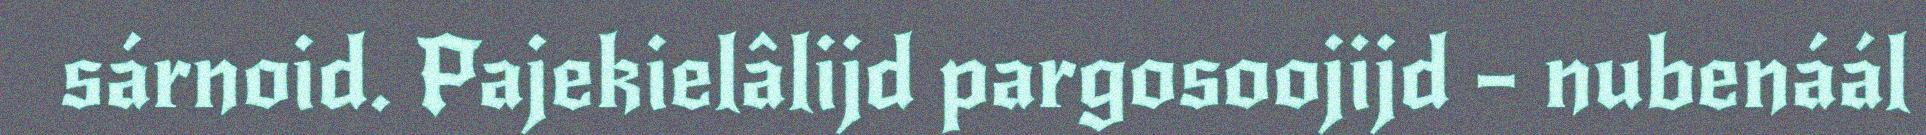
sárnoid. Pajekielâlijd pargosoojijd – nubenáál